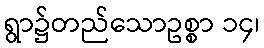
ရွာ၌တည်သောဥစ္စာ ၁၄၊